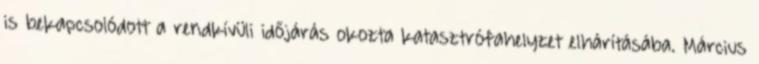
is bekapcsolódott a rendkívüli időjárás okozta katasztrófahelyzet elhárításába. Március